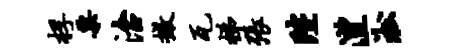
桴粟治撤瓦梯张陛澧淞